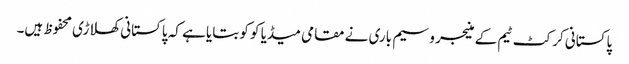
پاکستانی کرکٹ ٹیم کے منیجر وسیم باری نے مقامی میڈیا کو کو بتایا ہے کہ پاکستانی کھلاڑی محفوظ ہیں۔